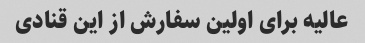
عالیه برای اولین سفارش از این قنادی